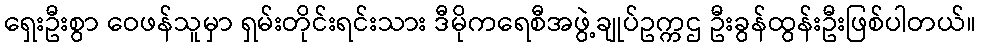
ရှေးဦးစွာ ဝေဖန်သူမှာ ရှမ်းတိုင်းရင်းသား ဒီမိုကရေစီအဖွဲ့ချုပ်ဥက္ကဌ ဦးခွန်ထွန်းဦးဖြစ်ပါတယ်။